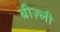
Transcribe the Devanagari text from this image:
बीज़्ली